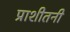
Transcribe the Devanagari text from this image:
प्राशीतनी